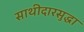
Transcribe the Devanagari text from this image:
साथीदारसुद्धा